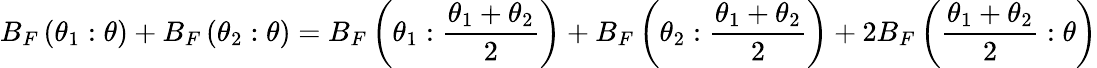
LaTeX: B_{F}\left(\theta_{1}:\theta\right)+B_{F}\left(\theta_{2}:\theta\right)=B_{F}\left(\theta_{1}:{\frac{\theta_{1}+\theta_{2}}{2}}\right)+B_{F}\left(\theta_{2}:{\frac{\theta_{1}+\theta_{2}}{2}}\right)+2B_{F}\left({\frac{\theta_{1}+\theta_{2}}{2}}:\theta\right)